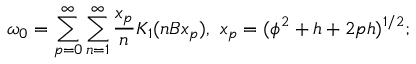
\omega _ { 0 } = \sum _ { p = 0 } ^ { \infty } \sum _ { n = 1 } ^ { \infty } \frac { x _ { p } } { n } K _ { 1 } ( n B x _ { p } ) , ~ x _ { p } = ( \phi ^ { 2 } + h + 2 p h ) ^ { 1 / 2 } ;